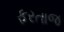
ફરતાજ